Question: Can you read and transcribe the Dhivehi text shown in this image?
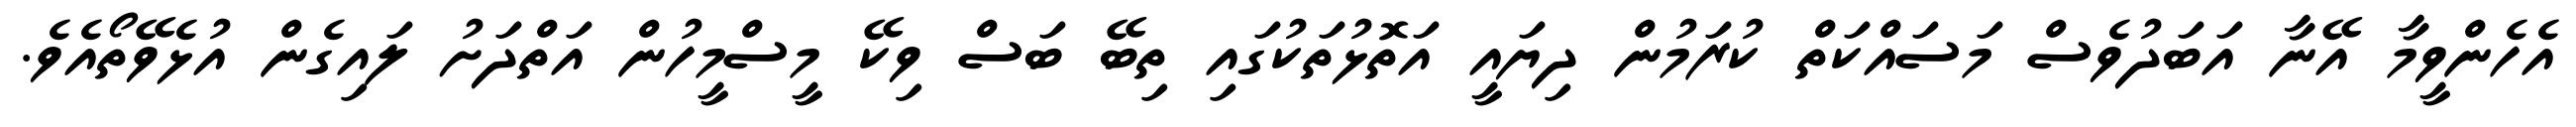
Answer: އެހެންވީމާ އޭނާ އަބަދުވެސް މަސައްކަތް ކުރަމުން ދިޔައީ އަތޮޅުތަކުގައި ތިބޭ ބަސް ވިކޭ މީސްމީހުން އަތްދަށު ލައިގެން އުޅެވޭތޯއެވެ.